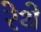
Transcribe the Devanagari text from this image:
रेथे